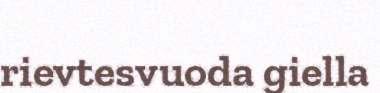
rievtesvuoda giella